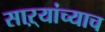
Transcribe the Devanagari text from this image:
साऱ्यांच्याच